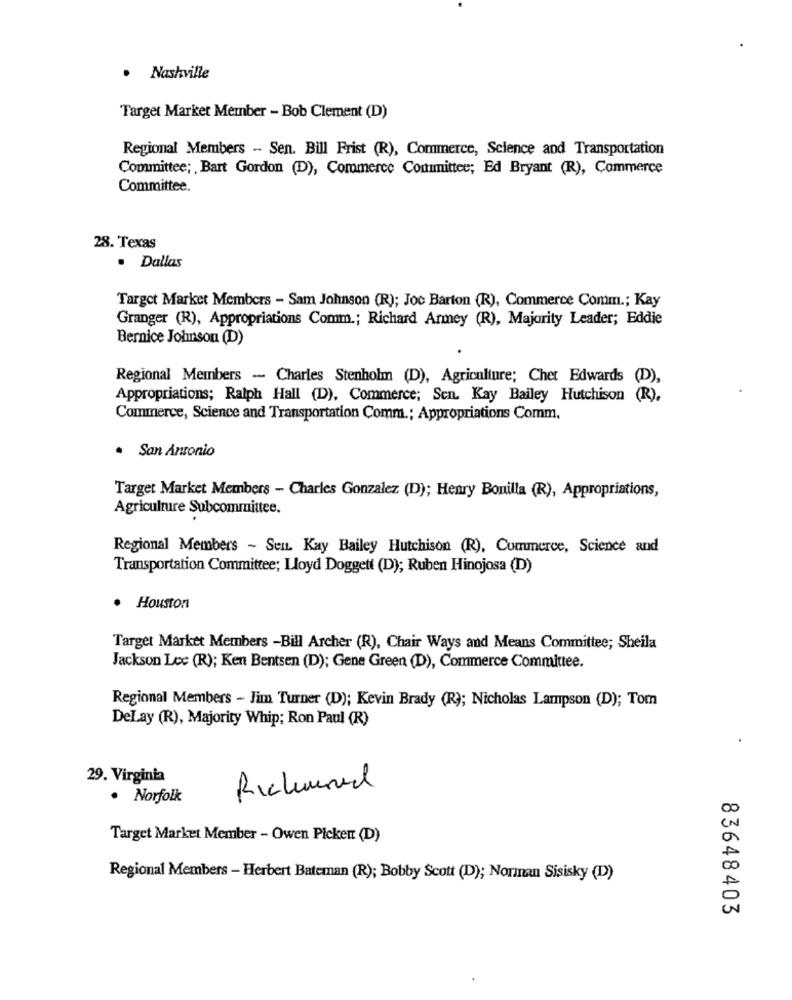
· Nashville
Target Market Member - Bob Clement (D)
Regional Members - Sen. Bill Frist (R), Commerce, Science and Transportation
Committee; , Bart Gordon (D), Commerce Committee; Ed Bryant (R), Commerce
Committee.
28. Texas
. Dallas
Target Market Members - Sam Johnson (R); Joe Barton (R), Commerce Comm .; Kay
Granger (R), Appropriations Comm .; Richard Armey (R), Majority Leader; Eddie
Bernice Johnson (D)
Regional Members - Charles Stenholm (D), Agriculture; Chet Edwards (D),
Appropriations; Ralph Hall (D), Commerce; Sen. Kay Bailey Hutchison (R),
Commerce, Science and Transportation Comm .; Appropriations Comm.
San Antonio
Target Market Members - Charles Gonzalez (D); Henry Bonilla (R), Appropriations,
Agriculture Subcommittee.
Regional Members ~ Sen. Kay Bailey Hutchison (R), Commerce, Science and
Transportation Committee; Lloyd Doggett (D); Ruben Hinojosa (D)
Houston
Target Market Members -Bill Archer (R), Chair Ways and Means Committee; Sheila
Jackson Lee (R); Ken Bentsen (D); Gene Green (D), Commerce Committee.
Regional Members - Jim Turner (D); Kevin Brady (R); Nicholas Lampson (D); Tom
DeLay (R), Majority Whip; Ron Paul (R)
29. Virginia
Richard
· Norfolk
Target Market Member - Owen Picken (D)
Regional Members - Herbert Bateman (R); Bobby Scott (D); Norman Sisisky (D)
83648403